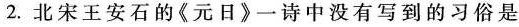
2.北宋王安石的《元日》一诗中没有写到的习俗是